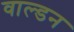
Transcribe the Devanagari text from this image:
वाल्डन